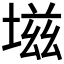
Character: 𰊊